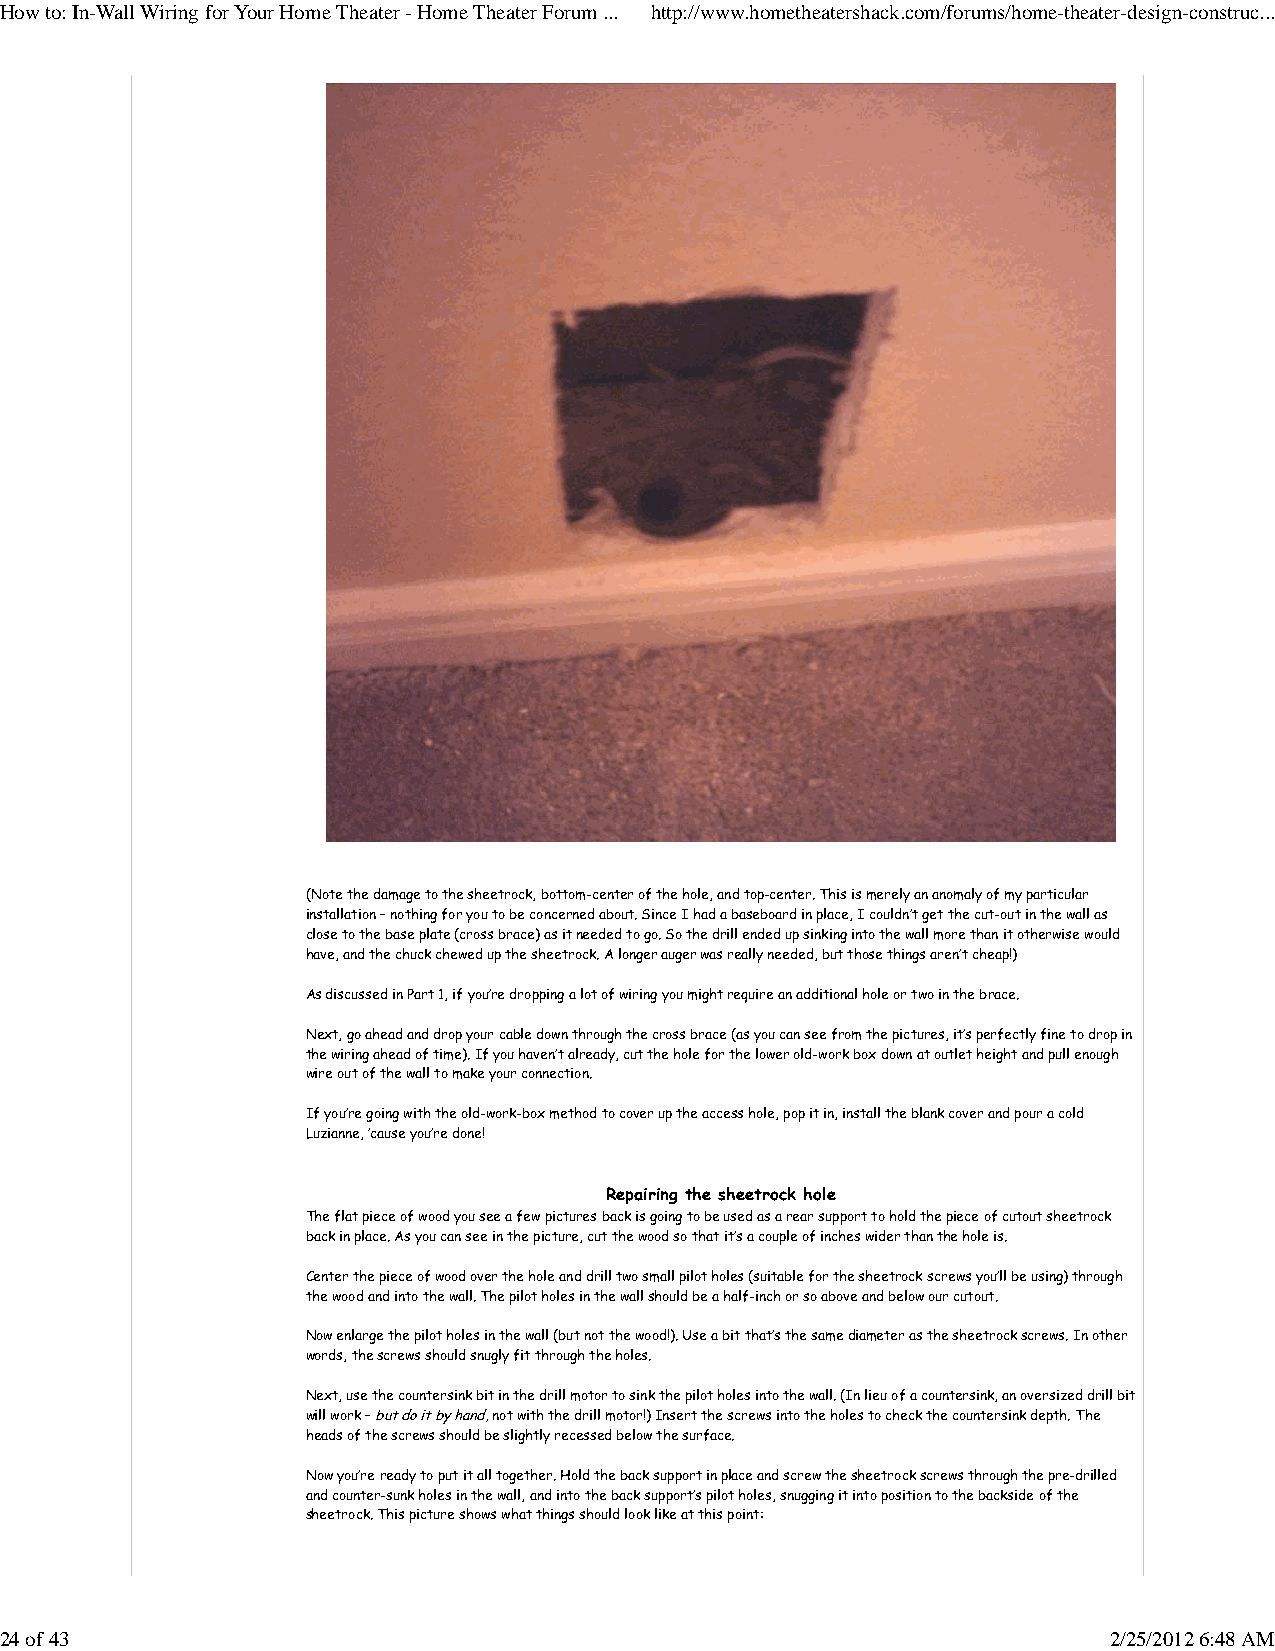
How to: In-Wall Wiring for Your Home Theater - Home Theater Forum ... http://www.hometheatershack.com/forums/home-theater-design-construc...
 (Note the damage to the sheetrock, bottom-center of the hole, and top-center. This is merely an anomaly of my particular
 installation – nothing for you to be concerned about. Since I had a baseboard in place, I couldn’t get the cut-out in the wall as
 close to the base plate (cross brace) as it needed to go. So the drill ended up sinking into the wall more than it otherwise would
 have, and the chuck chewed up the sheetrock. A longer auger was really needed, but those things aren’t cheap!)
 As discussed in Part 1, if you’re dropping a lot of wiring you might require an additional hole or two in the brace.
 Next, go ahead and drop your cable down through the cross brace (as you can see from the pictures, it’s perfectly fine to drop in
 the wiring ahead of time). If you haven’t already, cut the hole for the lower old-work box down at outlet height and pull enough
 wire out of the wall to make your connection.
 If you’re going with the old-work-box method to cover up the access hole, pop it in, install the blank cover and pour a cold
 Luzianne, ’cause you’re done!
 Repairing the sheetrock hole
 The flat piece of wood you see a few pictures back is going to be used as a rear support to hold the piece of cutout sheetrock
 back in place. As you can see in the picture, cut the wood so that it’s a couple of inches wider than the hole is.
 Center the piece of wood over the hole and drill two small pilot holes (suitable for the sheetrock screws you’ll be using) through
 the wood and into the wall. The pilot holes in the wall should be a half-inch or so above and below our cutout.
 Now enlarge the pilot holes in the wall (but not the wood!). Use a bit that’s the same diameter as the sheetrock screws. In other
 words, the screws should snugly fit through the holes.
 Next, use the countersink bit in the drill motor to sink the pilot holes into the wall. (In lieu of a countersink, an oversized drill bit
 will work – but do it by hand, not with the drill motor!) Insert the screws into the holes to check the countersink depth. The
 heads of the screws should be slightly recessed below the surface.
 Now you’re ready to put it all together. Hold the back support in place and screw the sheetrock screws through the pre-drilled
 and counter-sunk holes in the wall, and into the back support’s pilot holes, snugging it into position to the backside of the
 sheetrock. This picture shows what things should look like at this point:
 24 of 43                                                                 2/25/2012 6:48 AM